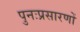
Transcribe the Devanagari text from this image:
पुनःप्रसारणों